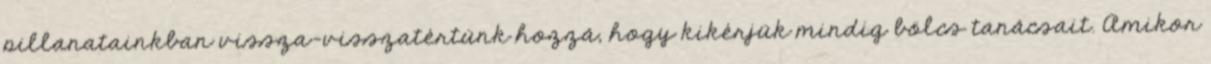
pillanatainkban vissza-visszatértünk hozzá, hogy kikérjük mindig bölcs tanácsait. Amikor